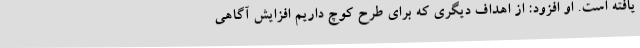
یافته است. او افزود: از اهداف دیگری که برای طرح کوچ داریم افزایش آگاهی